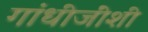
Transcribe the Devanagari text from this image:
गांधीजींशी